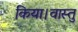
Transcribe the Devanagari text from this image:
किया।वास्तु